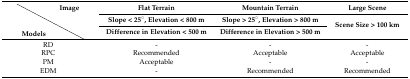
<table><thead><tr><td rowspan="2"></td><td rowspan="2"><b><i>Image</i></b></td><td><b>Flat Terrain</b></td><td><b>Mountain Terrain</b></td><td><b>Large Scene</b></td></tr><tr><td><b>Slope &lt; 25°, Elevation &lt; 800 m</b></td><td><b>Slope &gt; 25°, Elevation &gt; 800 m</b></td><td rowspan="2"><b>Scene Size &gt; 100 km</b></td></tr><tr><td><b><i>Models</i></b></td><td></td><td><b>Difference in Elevation &lt; 500 m</b></td><td><b>Difference in Elevation &gt; 500 m</b></td></tr></thead><tbody><tr><td colspan="2">RD</td><td>-</td><td>-</td><td>-</td></tr><tr><td colspan="2">RPC</td><td>Recommended</td><td>Acceptable</td><td>Acceptable</td></tr><tr><td colspan="2">PM</td><td>Acceptable</td><td>-</td><td>-</td></tr><tr><td colspan="2">EDM</td><td>-</td><td>Recommended</td><td>Recommended</td></tr></tbody></table>